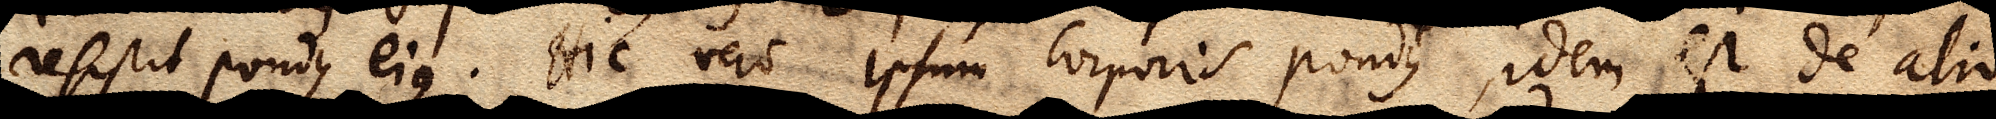
resistit pondus ejus. Hic vero ipsum Corporis pondus, idem est de alio